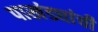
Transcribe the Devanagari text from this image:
पाखंड्यांची